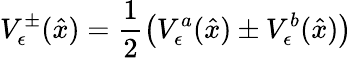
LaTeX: V_{\epsilon}^{\pm}(\hat{x})=\frac{1}{2}\left(V_{\epsilon}^{a}(\hat{x})\pm V_{\epsilon}^{b}(\hat{x})\right)